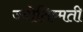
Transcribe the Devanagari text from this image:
ज्योतिष्मती